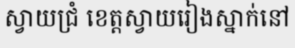
ស្វាយជ្រំ ខេត្តស្វាយរៀងស្នាក់នៅ